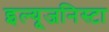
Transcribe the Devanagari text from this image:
इल्‍यूजनिस्‍टा